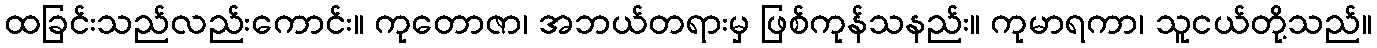
ထခြင်းသည်လည်းကောင်း။ ကုတောဇာ၊ အဘယ်တရားမှ ဖြစ်ကုန်သနည်း။ ကုမာရကာ၊ သူငယ်တို့သည်။